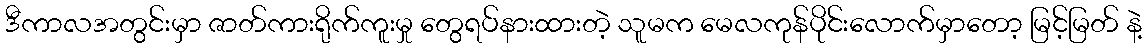
ဒီကာလအတွင်းမှာ ဇာတ်ကားရိုက်ကူးမှု တွေရပ်နားထားတဲ့ သူမက မေလကုန်ပိုင်းလောက်မှာတော့ မြင့်မြတ် နဲ့